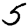
Digit: 5